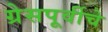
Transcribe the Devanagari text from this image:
ग्रेसपूर्वीचे